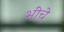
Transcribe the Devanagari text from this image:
भींचे